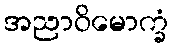
အညာဝိမောက္ခံ